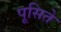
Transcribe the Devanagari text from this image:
पूसिते